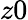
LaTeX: z0